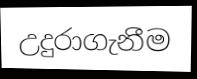
උදුරාගැනීම